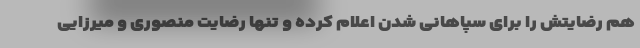
هم رضایتش را برای سپاهانی شدن اعلام کرده و تنها رضایت منصوری و میرزایی